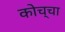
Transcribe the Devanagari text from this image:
कोच्चा